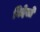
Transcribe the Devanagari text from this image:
विदेसो